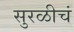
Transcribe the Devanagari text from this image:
सुरळीचं